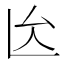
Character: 𠫙